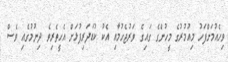
ވިހެއުމަށްފަހު މިއުމުރުގެ މީހުންގެ ގައިގެ ވަރުޖެހުމާއި އެކު ކުޑަދަރިފުޅަށް އެހީތެރިވެ ދިނުމުގެއި ވެސް